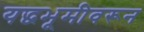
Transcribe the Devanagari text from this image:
यद्धभूमीवरून